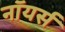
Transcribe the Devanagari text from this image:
नॉयर्स